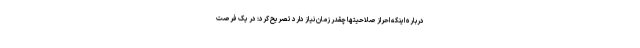
درباره اینکه احراز صلاحیتها چقدر زمان نیاز دارد تصریح کرد: در یک فرصت